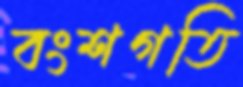
বংশগতি